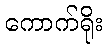
ကောက်ရိုး